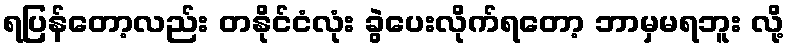
ရပြန်တော့လည်း တနိုင်ငံလုံး ခွဲပေးလိုက်ရတော့ ဘာမှမရဘူး လို့